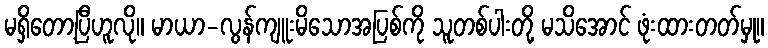
မရှိတော့ပြီဟူလို။ မာယာ-လွန်ကျူးမိသောအပြစ်ကို သူတစ်ပါးတို့ မသိအောင် ဖုံးထားတတ်မှု။